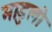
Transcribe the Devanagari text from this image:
माडुलो